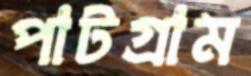
পাটগ্রাম